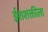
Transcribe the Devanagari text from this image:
ईशशक्तीला